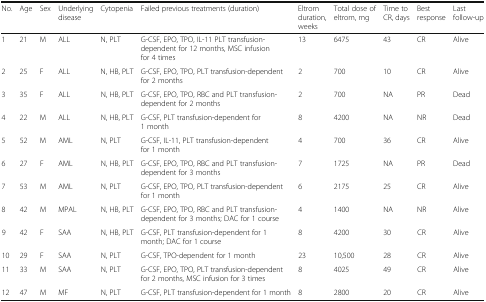
<table><thead><tr><td><b>No.</b></td><td><b>Age</b></td><td><b>Sex</b></td><td><b>Underlying disease</b></td><td><b>Cytopenia</b></td><td><b>Failed previous treatments (duration)</b></td><td><b>Eltrom duration, weeks</b></td><td><b>Total dose of eltrom, mg</b></td><td><b>Time to CR, days</b></td><td><b>Best response</b></td><td><b>Last follow-up</b></td></tr></thead><tbody><tr><td>1</td><td>21</td><td>M</td><td>ALL</td><td>N, PLT</td><td>G-CSF, EPO, TPO, IL-11 PLT transfusion-dependent for 12 months, MSC infusion for 4 times</td><td>13</td><td>6475</td><td>43</td><td>CR</td><td>Alive</td></tr><tr><td>2</td><td>25</td><td>F</td><td>ALL</td><td>N, HB, PLT</td><td>G-CSF, EPO, TPO, PLT transfusion-dependent for 2 months</td><td>2</td><td>700</td><td>10</td><td>CR</td><td>Alive</td></tr><tr><td>3</td><td>35</td><td>F</td><td>ALL</td><td>N, HB, PLT</td><td>G-CSF, EPO, TPO, RBC and PLT transfusion-dependent for 2 months</td><td>2</td><td>700</td><td>NA</td><td>PR</td><td>Dead</td></tr><tr><td>4</td><td>22</td><td>M</td><td>ALL</td><td>N, HB, PLT</td><td>G-CSF, PLT transfusion-dependent for 1 month</td><td>8</td><td>4200</td><td>NA</td><td>NR</td><td>Dead</td></tr><tr><td>5</td><td>52</td><td>M</td><td>AML</td><td>N, PLT</td><td>G-CSF, IL-11, PLT transfusion-dependent for 1 month</td><td>4</td><td>700</td><td>36</td><td>CR</td><td>Alive</td></tr><tr><td>6</td><td>27</td><td>F</td><td>AML</td><td>N, HB, PLT</td><td>G-CSF, EPO, TPO, RBC and PLT transfusion-dependent for 3 months</td><td>7</td><td>1725</td><td>NA</td><td>PR</td><td>Dead</td></tr><tr><td>7</td><td>53</td><td>M</td><td>AML</td><td>N, PLT</td><td>G-CSF, EPO, TPO, PLT transfusion-dependent for 1 month</td><td>6</td><td>2175</td><td>25</td><td>CR</td><td>Alive</td></tr><tr><td>8</td><td>42</td><td>M</td><td>MPAL</td><td>N, HB, PLT</td><td>G-CSF, EPO, TPO, RBC and PLT transfusion-dependent for 3 months; DAC for 1 course</td><td>4</td><td>1400</td><td>NA</td><td>NR</td><td>Alive</td></tr><tr><td>9</td><td>42</td><td>F</td><td>SAA</td><td>N, HB, PLT</td><td>G-CSF, PLT transfusion-dependent for 1 month; DAC for 1 course</td><td>8</td><td>4200</td><td>30</td><td>CR</td><td>Alive</td></tr><tr><td>10</td><td>29</td><td>F</td><td>SAA</td><td>N, PLT</td><td>G-CSF, TPO-dependent for 1 month</td><td>23</td><td>10,500</td><td>28</td><td>CR</td><td>Alive</td></tr><tr><td>11</td><td>33</td><td>M</td><td>SAA</td><td>N, PLT</td><td>G-CSF, EPO, TPO, PLT transfusion-dependent for 2 months, MSC infusion for 3 times</td><td>8</td><td>4025</td><td>49</td><td>CR</td><td>Alive</td></tr><tr><td>12</td><td>47</td><td>M</td><td>MF</td><td>N, PLT</td><td>G-CSF, PLT transfusion-dependent for 1 month</td><td>8</td><td>2800</td><td>20</td><td>CR</td><td>Alive</td></tr></tbody></table>